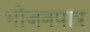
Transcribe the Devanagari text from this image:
भोजनपात्र